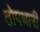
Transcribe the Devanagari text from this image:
तोपधारी